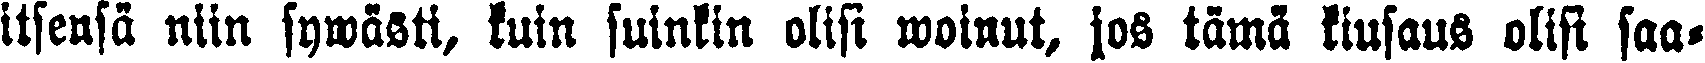
itsensä niin sywästi, kuin suinkin olisi woinut, jos tämä kiusaus olisi saa-